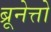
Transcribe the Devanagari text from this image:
ब्रूनेत्तो